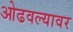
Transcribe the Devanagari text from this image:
ओढवल्यावर